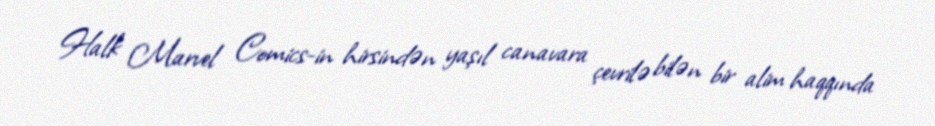
Halk Marvel Comics-in hirsindən yaşıl canavara çevrilə bilən bir alim haqqında